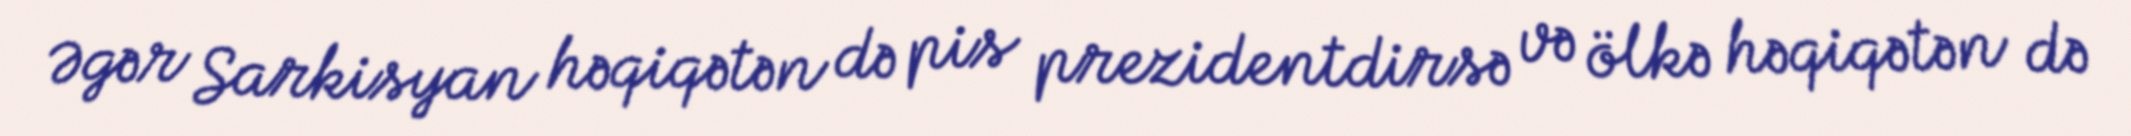
Əgər Sarkisyan həqiqətən də pis prezidentdirsə və ölkə həqiqətən də